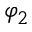
\varphi _ { 2 }